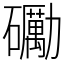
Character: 𥗠